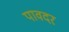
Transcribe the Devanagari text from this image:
पावदर